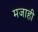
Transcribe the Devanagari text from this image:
मजाही